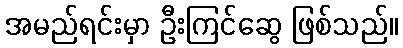
အမည်ရင်းမှာ ဦးကြင်ဆွေ ဖြစ်သည်။